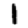
Digit: 1